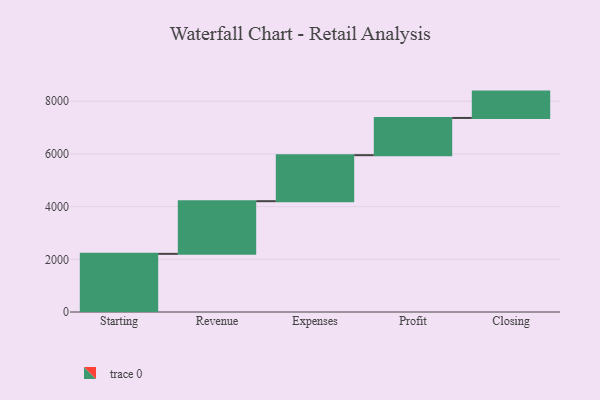
{"axis": {"x": "Step", "y": "Value"}, "legend": [""], "data": [{"x": "Starting", "y": 2207.0, "type": ""}, {"x": "Revenue", "y": 1999.0, "type": ""}, {"x": "Expenses", "y": 1746.0, "type": ""}, {"x": "Profit", "y": 1413.0, "type": ""}, {"x": "Closing", "y": 1000, "type": ""}]}